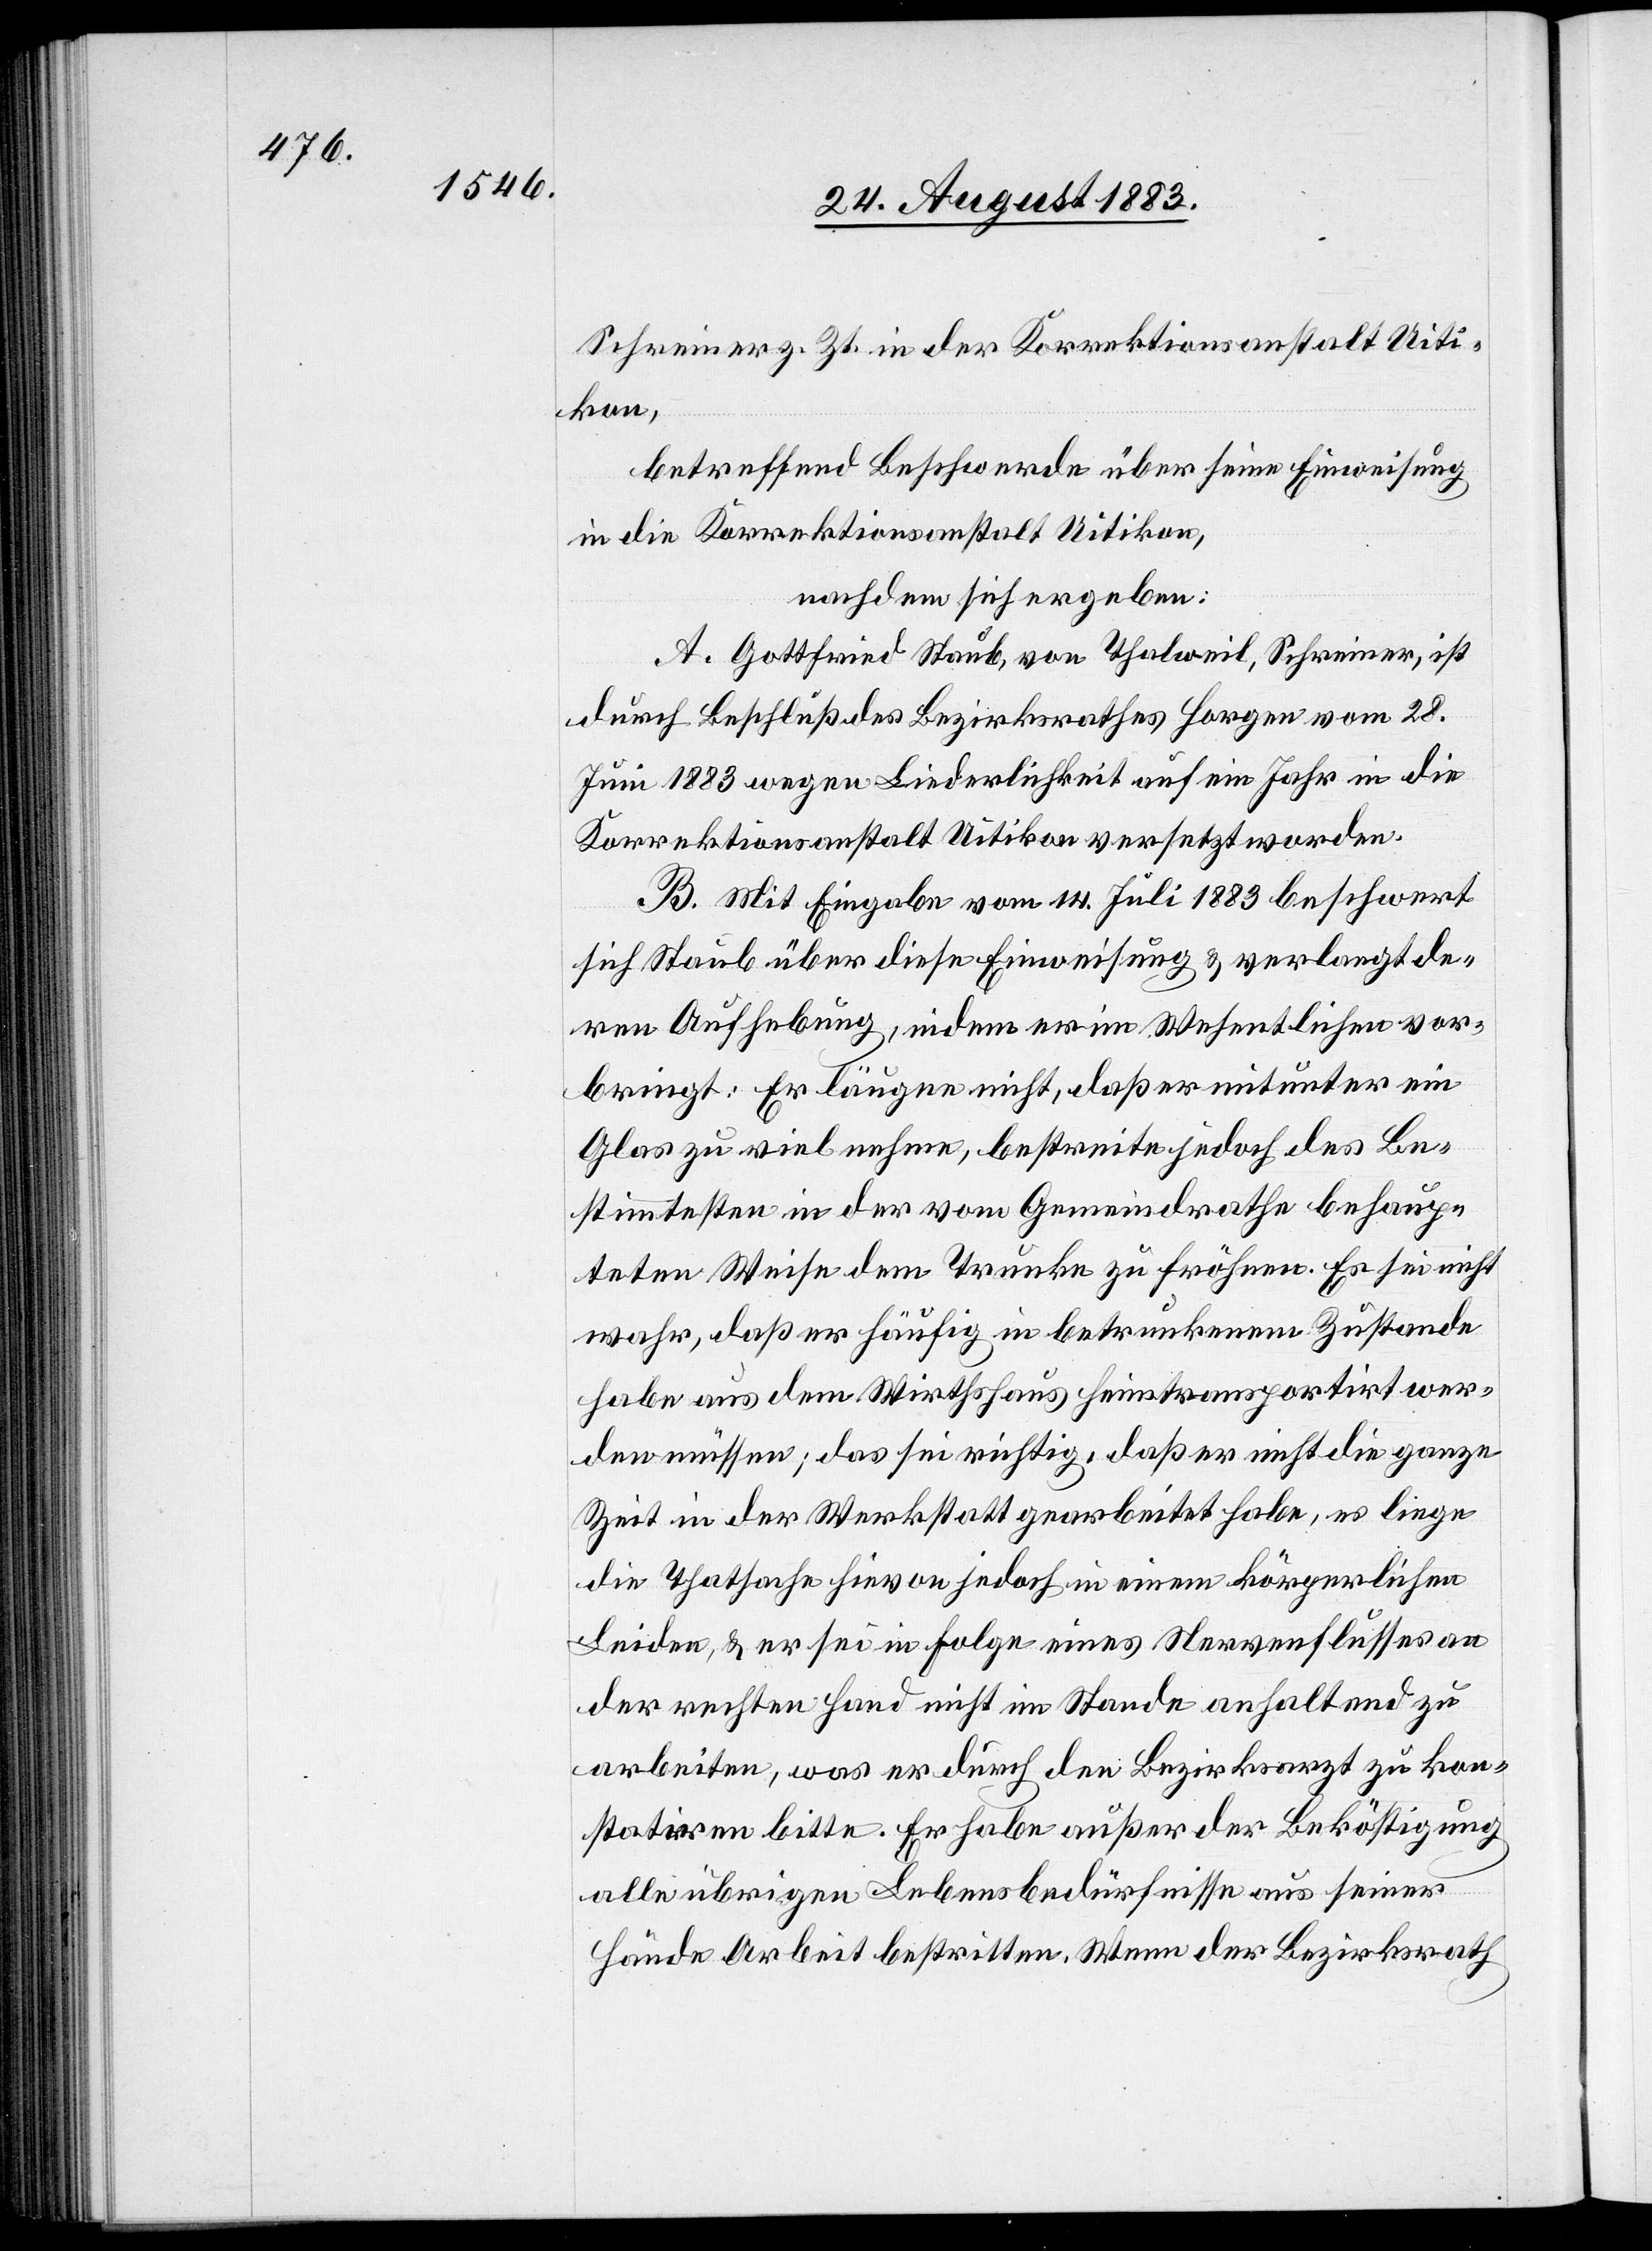
Schreiner z. Zt. in der Korrektionsanstalt Uiti¬
kon,
betreffend Beschwerde über seine Einweisung
in die Korrektionsanstalt Uitikon,
nachdem sich ergeben:
A. Gottfried Staub, von Thalweil, Schreiner, ist
durch Beschluß des Bezirksrathes Horgen vom 28.
Juni 1883 wegen Liederlichkeit auf ein Jahr in die
Korrektionsanstalt Uitikon versetzt worden.
B. Mit Eingabe vom 14. Juli 1883 beschwert
sich Staub über diese Einweisung & verlangt de¬
ren Aufhebung, indem er im Wesentlichen vor¬
bringt: Er läugne nicht, daß er mitunter ein
Glas zu viel nehme, bestreite jedoch des Be¬
stimmtesten in der vom Gemeindrathe behaup¬
teten Weise dem Trunke zu fröhnen. Es sei nicht
wahr, daß er häufig in betrunkenem Zustande
habe aus dem Wirthshaus heimtransportirt wer¬
den müssen; das sei richtig, daß er nicht die ganze
Zeit in der Werkstatt gearbeitet habe, es liege
die Thatsache hievon jedoch in einem körperlichen
Leiden, & er sei in Folge eines Nervenflusses an
der rechten Hand nicht im Stande anhaltend zu
arbeiten, was er durch den Bezirksarzt zu kon¬
statiren bitte. Er habe außer der Beköstigung
alle übrigen Lebensbedürfnisse aus seiner
Hände Arbeit bestritten. Wenn der Bezirksrath